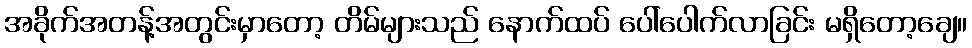
အခိုက်အတန့်အတွင်းမှာတော့ တိမ်များသည် နောက်ထပ် ပေါ်ပေါက်လာခြင်း မရှိတော့ချေ။